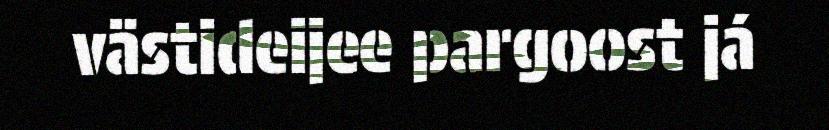
västideijee pargoost já